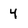
Character: 4